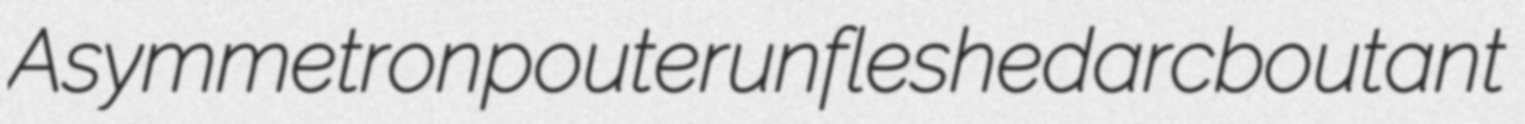
Asymmetron pouter unfleshed arcboutant